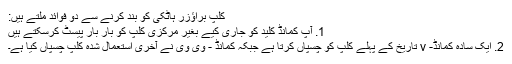
کلپ براؤزر ہاٹکی کو بند کرنے سے دو فوائد ملتے ہیں:
1. آپ کمانڈ کلید کو جاری کیے بغیر مرکزی کلپ کو بار بار پیسٹ کرسکتے ہیں
2. ایک سادہ کمانڈ- v تاریخ کے پہلے کلپ کو چسپاں کرتا ہے جبکہ کمانڈ - وی وی نے آخری استعمال شدہ کلپ چسپاں کیا ہے۔